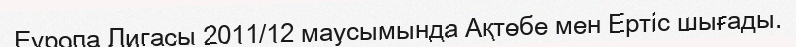
Еуропа Лигасы 2011/12 маусымында Ақтөбе мен Ертіс шығады.